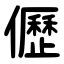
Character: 儮